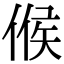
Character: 𠋫